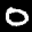
Label: 0